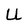
Character: U